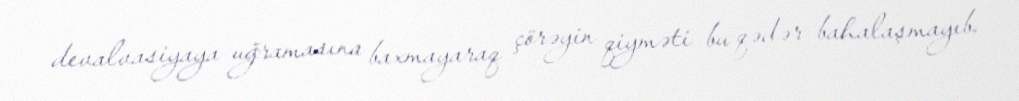
devalvasiyaya uğramasına baxmayaraq çörəyin qiyməti bu qədər bahalaşmayıb.